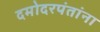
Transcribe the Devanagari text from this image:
दमोदरपंतांना